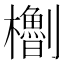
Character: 𪴝